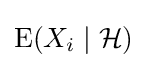
\operatorname {E} (X_{i}\mid {\mathcal {H}})